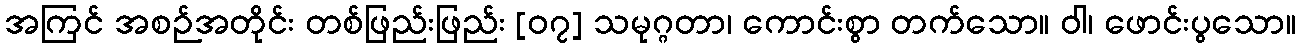
အကြင် အစဉ်အတိုင်း တစ်ဖြည်းဖြည်း [၀၇] သမုဂ္ဂတာ၊ ကောင်းစွာ တက်သော။ ဝါ၊ ဖောင်းပွသော။